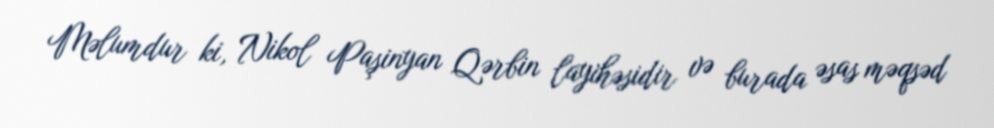
Məlumdur ki, Nikol Paşinyan Qərbin layihəsidir və burada əsas məqsəd